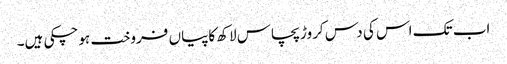
اب تک اس کی دس کروڑ پچاس لاکھ کاپیاں فروخت ہوچکی ہیں۔